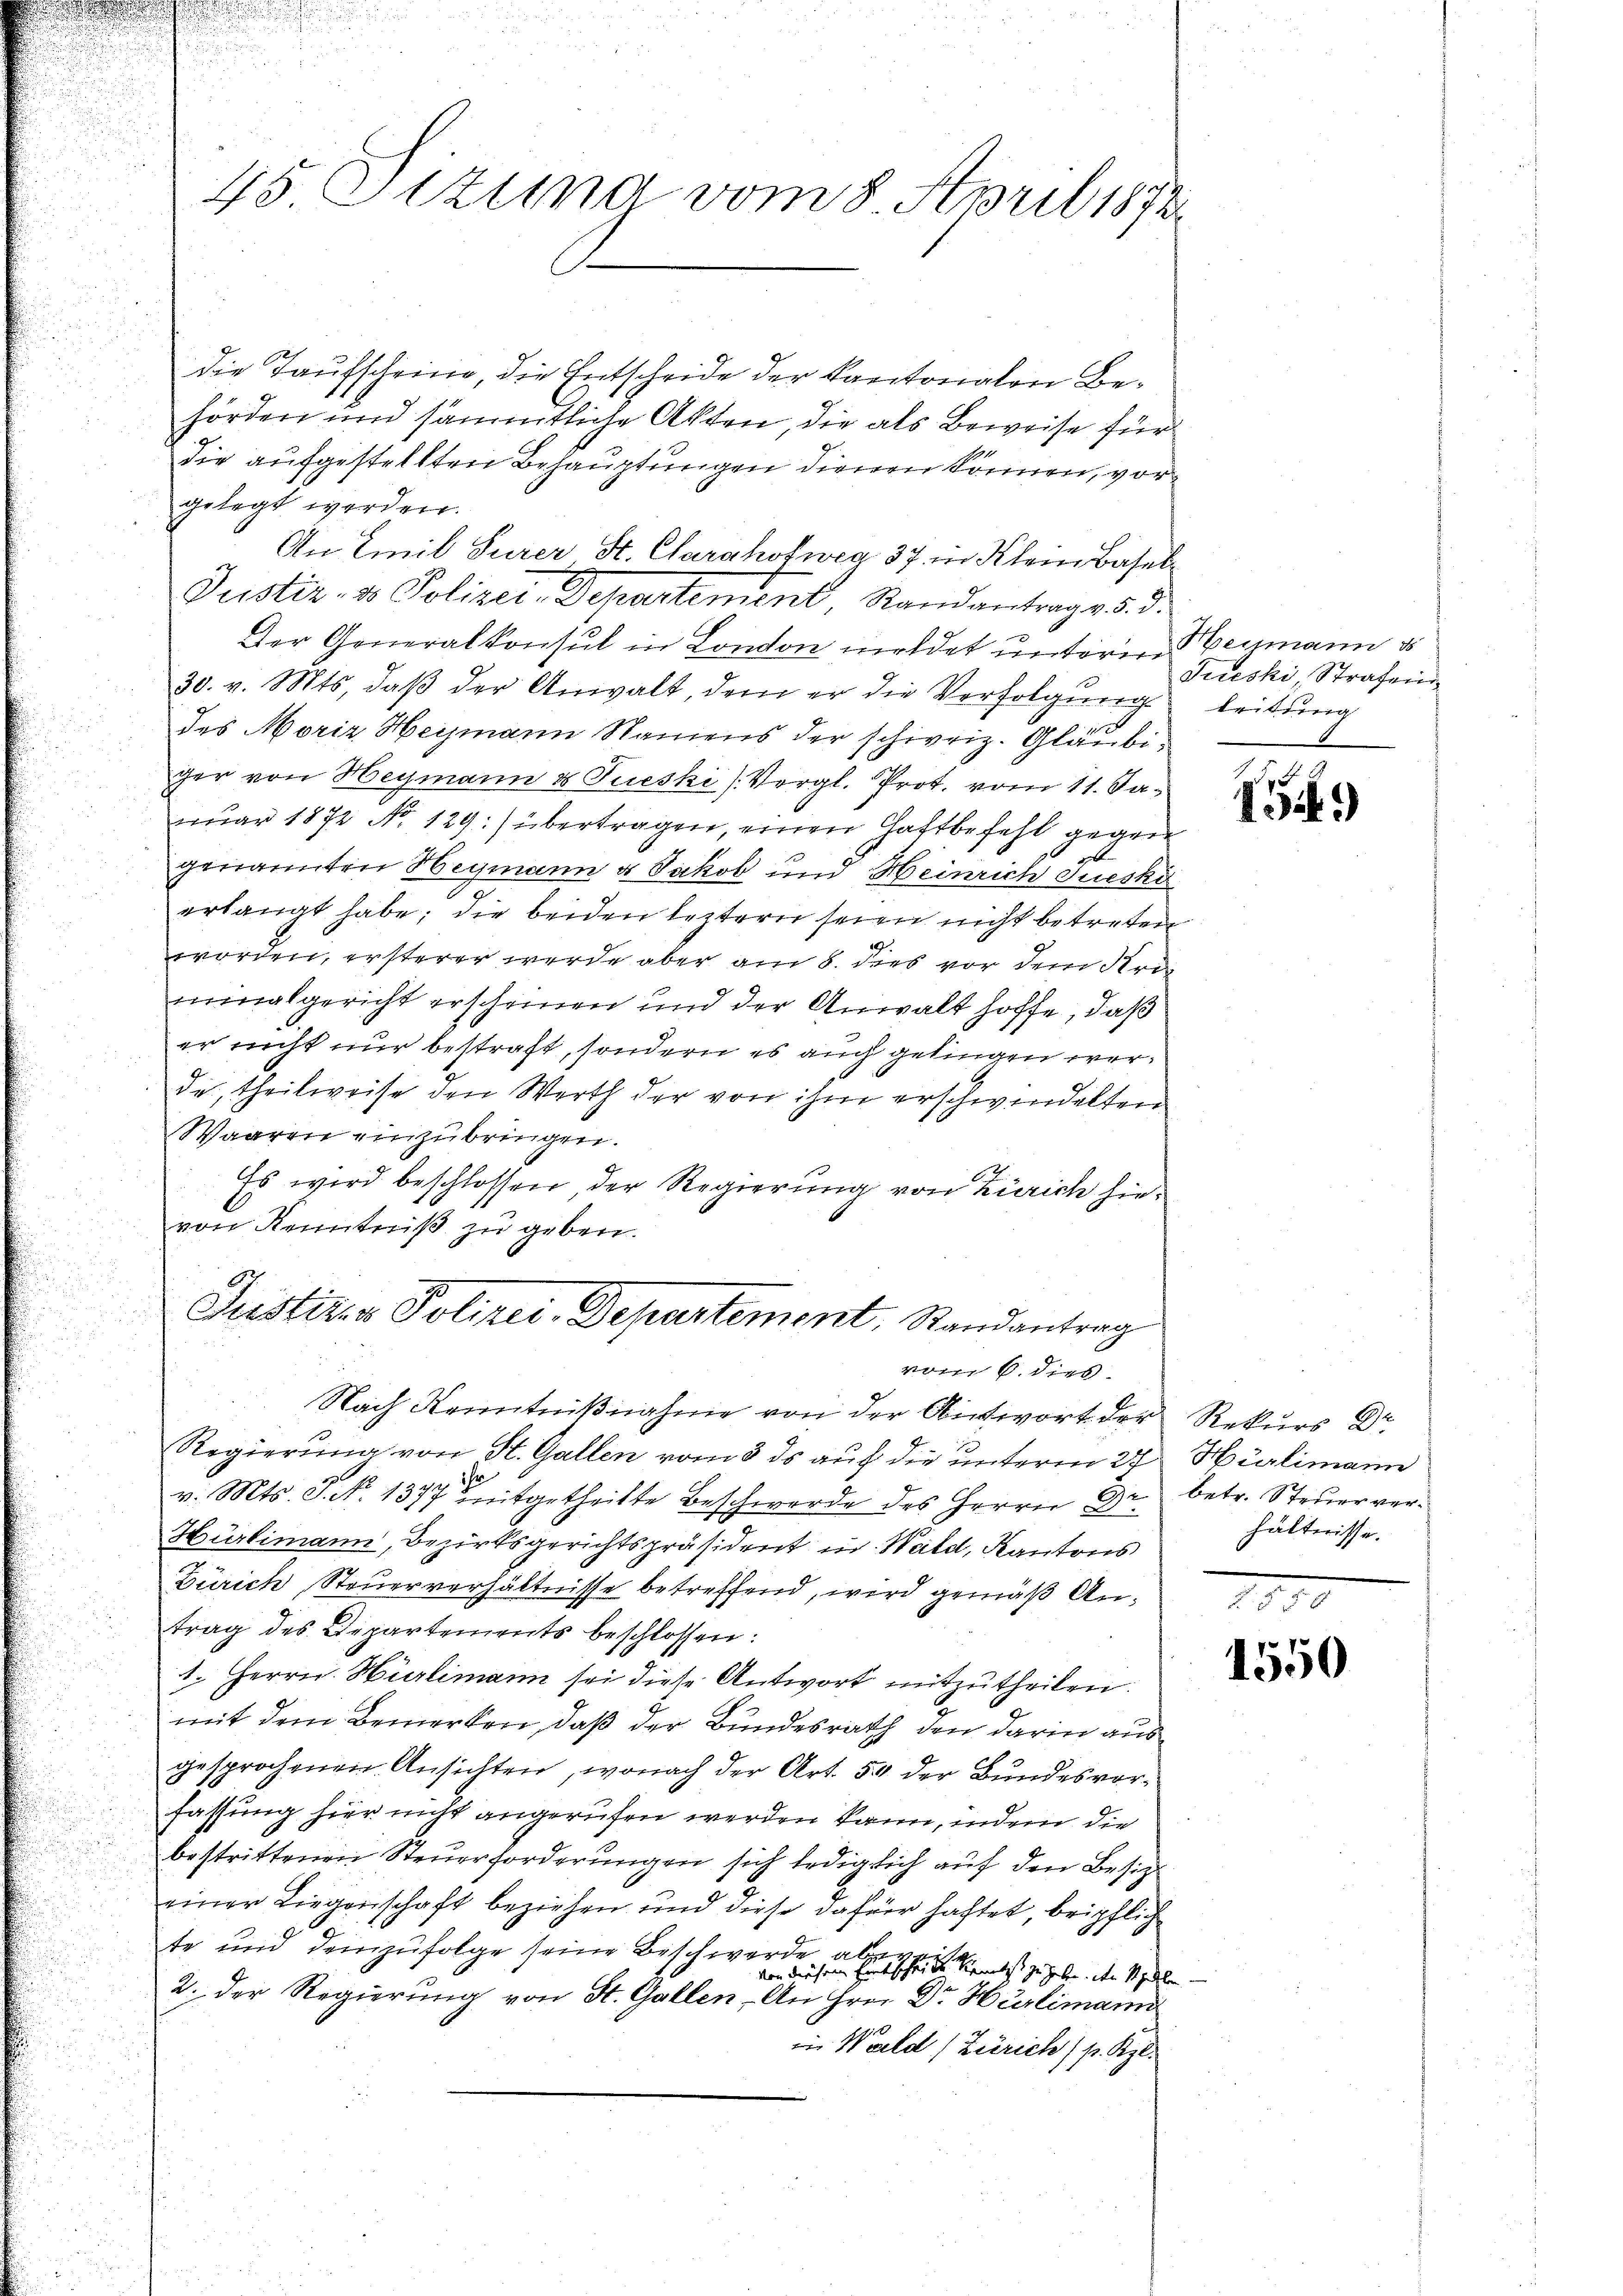
die Taufscheine, die Entscheide der Kantonalen Behörden und sämmtliche Akten, die als Beweise für
die aufgestellten Behauptungen dienen können, vorgelegt werden.
An Emil Gurer St. Clarahofweg 37 in Klein Basel¬
Justiz- & Polizei-Departement, Randantrag v. 5. d.
Der Generalkonsul in London meldet unterne einmann d
30. v. Mts. daβ der Anwalt, dem er die Verfolgung
des Moriz Heymann Namens der schweiz. Gläubiger von Heymann & Fueski (Vergl. Prot. vom 11. Sanuar 1872 No 129.) übertragen, einen Gattbefehl gegen
genannten Heymann & Jakob und Heinrich zueski
erlangt habe; die beiden leztern seien nicht betreten
worden, ersterer werde aber am 8. dies vor dem Uriminalgericht erscheinen und der Anwalt hoffe, daß
er nicht nur bestraft, sondern es auch gelingen werde, theilweise den Werth der von ihm erschwindelten
Waaren einzubringen.
Es wird beschlossen, der Regierung von Zürich hievon Kenntniß zu geben.
Justirer Polizei-Departement, Randantrag
vom 6. dies
Nach Kenntnißnahme von der Antwort der Rekurs Dr
Regierung von St. Gallen vom 3. ds auf die unterm 24
v. Mts. S. No. 1377 mitgetheilte Beschwerde des Herrn Dr. betr. Steuerver¬
Hürlimann, Bezirksgerichtspräsident in Wald, Kantons
Zürich, Steuerverhältnisse betreffend, wird gemäß Antrag des Departements beschlossen:
1. Herrn. Hürlimann sei diese Antwort mitzutheilen.
mit dem Bemerken, daß der Bundesrath den darin ausgesprochenen Ansichten, wonach der Art. 54 der Bundesvorfassung hier nicht angerufen werden kann, indem die
bestrittenen Steuerforderungen sich lediglich auf den Besitzt
einer Liegenschaft beziehen und diese dafür haftet, beipflich
te und demzufolge seine Beschwerde absich dass zu geben den Sieden
2. Der Regierung von St. Gallen, An Frei Dr. Hürlimann
in Wald (Zürich) p. Kgl.

45. Stzung vom 8. April 1872

Jueski Strafern
leitung

f
134.)

Hürlimann
hältnisse.

1550